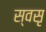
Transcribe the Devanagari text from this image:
स्वसृ